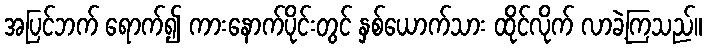
အပြင်ဘက် ရောက်၍ ကားနောက်ပိုင်းတွင် နှစ်ယောက်သား ထိုင်လိုက် လာခဲ့ကြသည်။